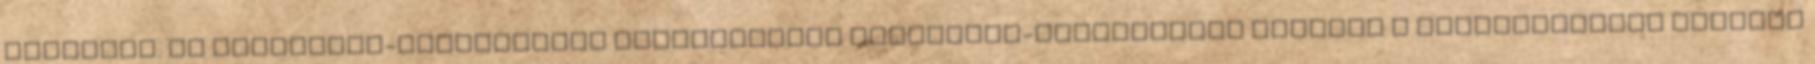
jellemzi. Az üzemanyag-hatékonyság osztályozása Üzemanyag-hatékonyság szerint a gumiabroncsok színnel